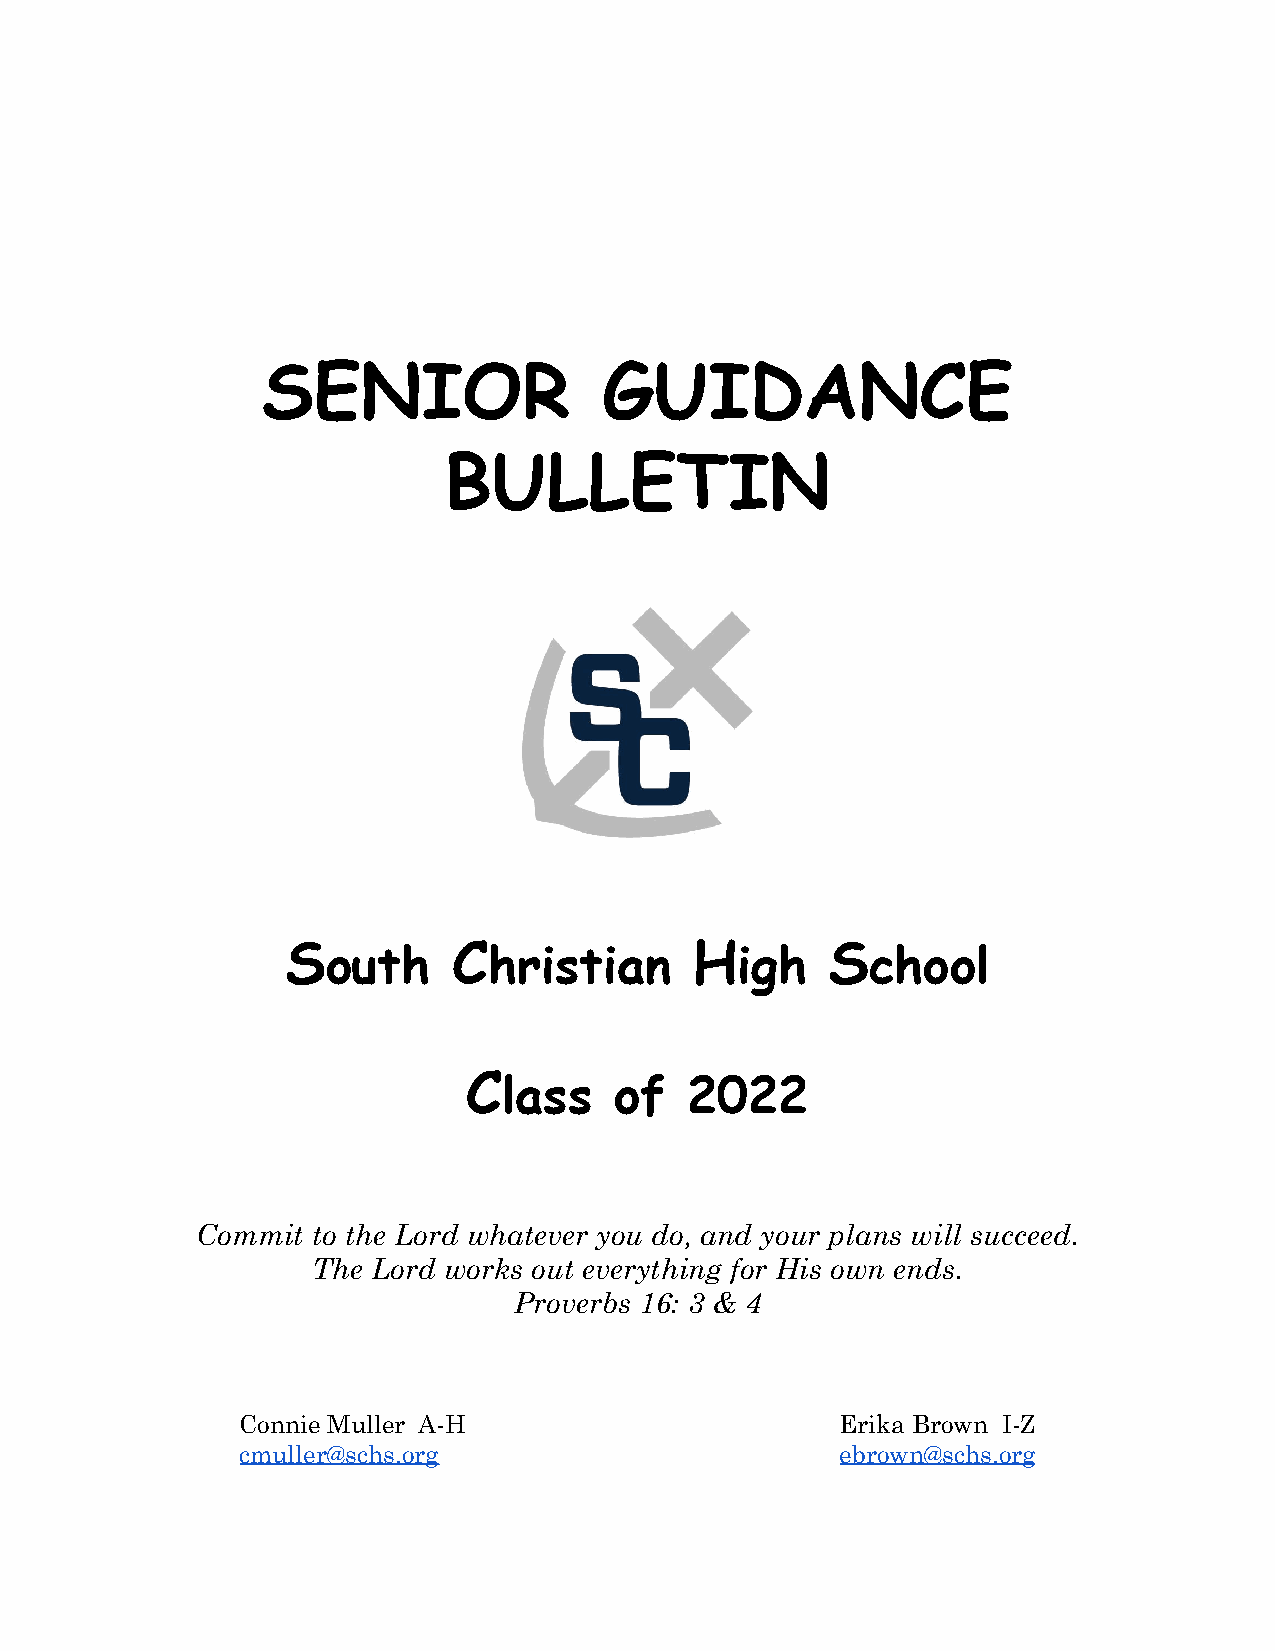
SENIOR                 GUIDANCE
 BULLETIN
 South      Christian       High     School
 Class     of  2022
 Commit  to the Lord whatever you do, and your plans will succeed.
 The Lord works out everything for His own ends.
 Proverbs 16: 3 & 4
 Connie Muller A-H                       Erika Brown I-Z
 cmuller@schs.org                        ebrown@schs.org